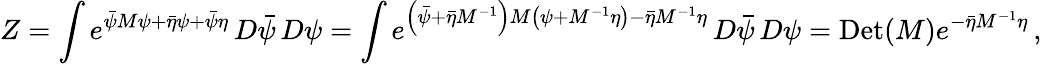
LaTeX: Z=\int e^{{\bar{\psi}}M\psi+{\bar{\eta}}\psi+{\bar{\psi}}\eta}\, D{\bar{\psi}}\, D\psi=\int e^{\left({\bar{\psi}}+{\bar{\eta}}M^{-1}\right)M\left(\psi+M^{-1}\eta\right)-{\bar{\eta}}M^{-1}\eta}\, D{\bar{\psi}}\, D\psi=\mathrm{Det}(M)e^{-{\bar{\eta}}M^{-1}\eta}\, ,